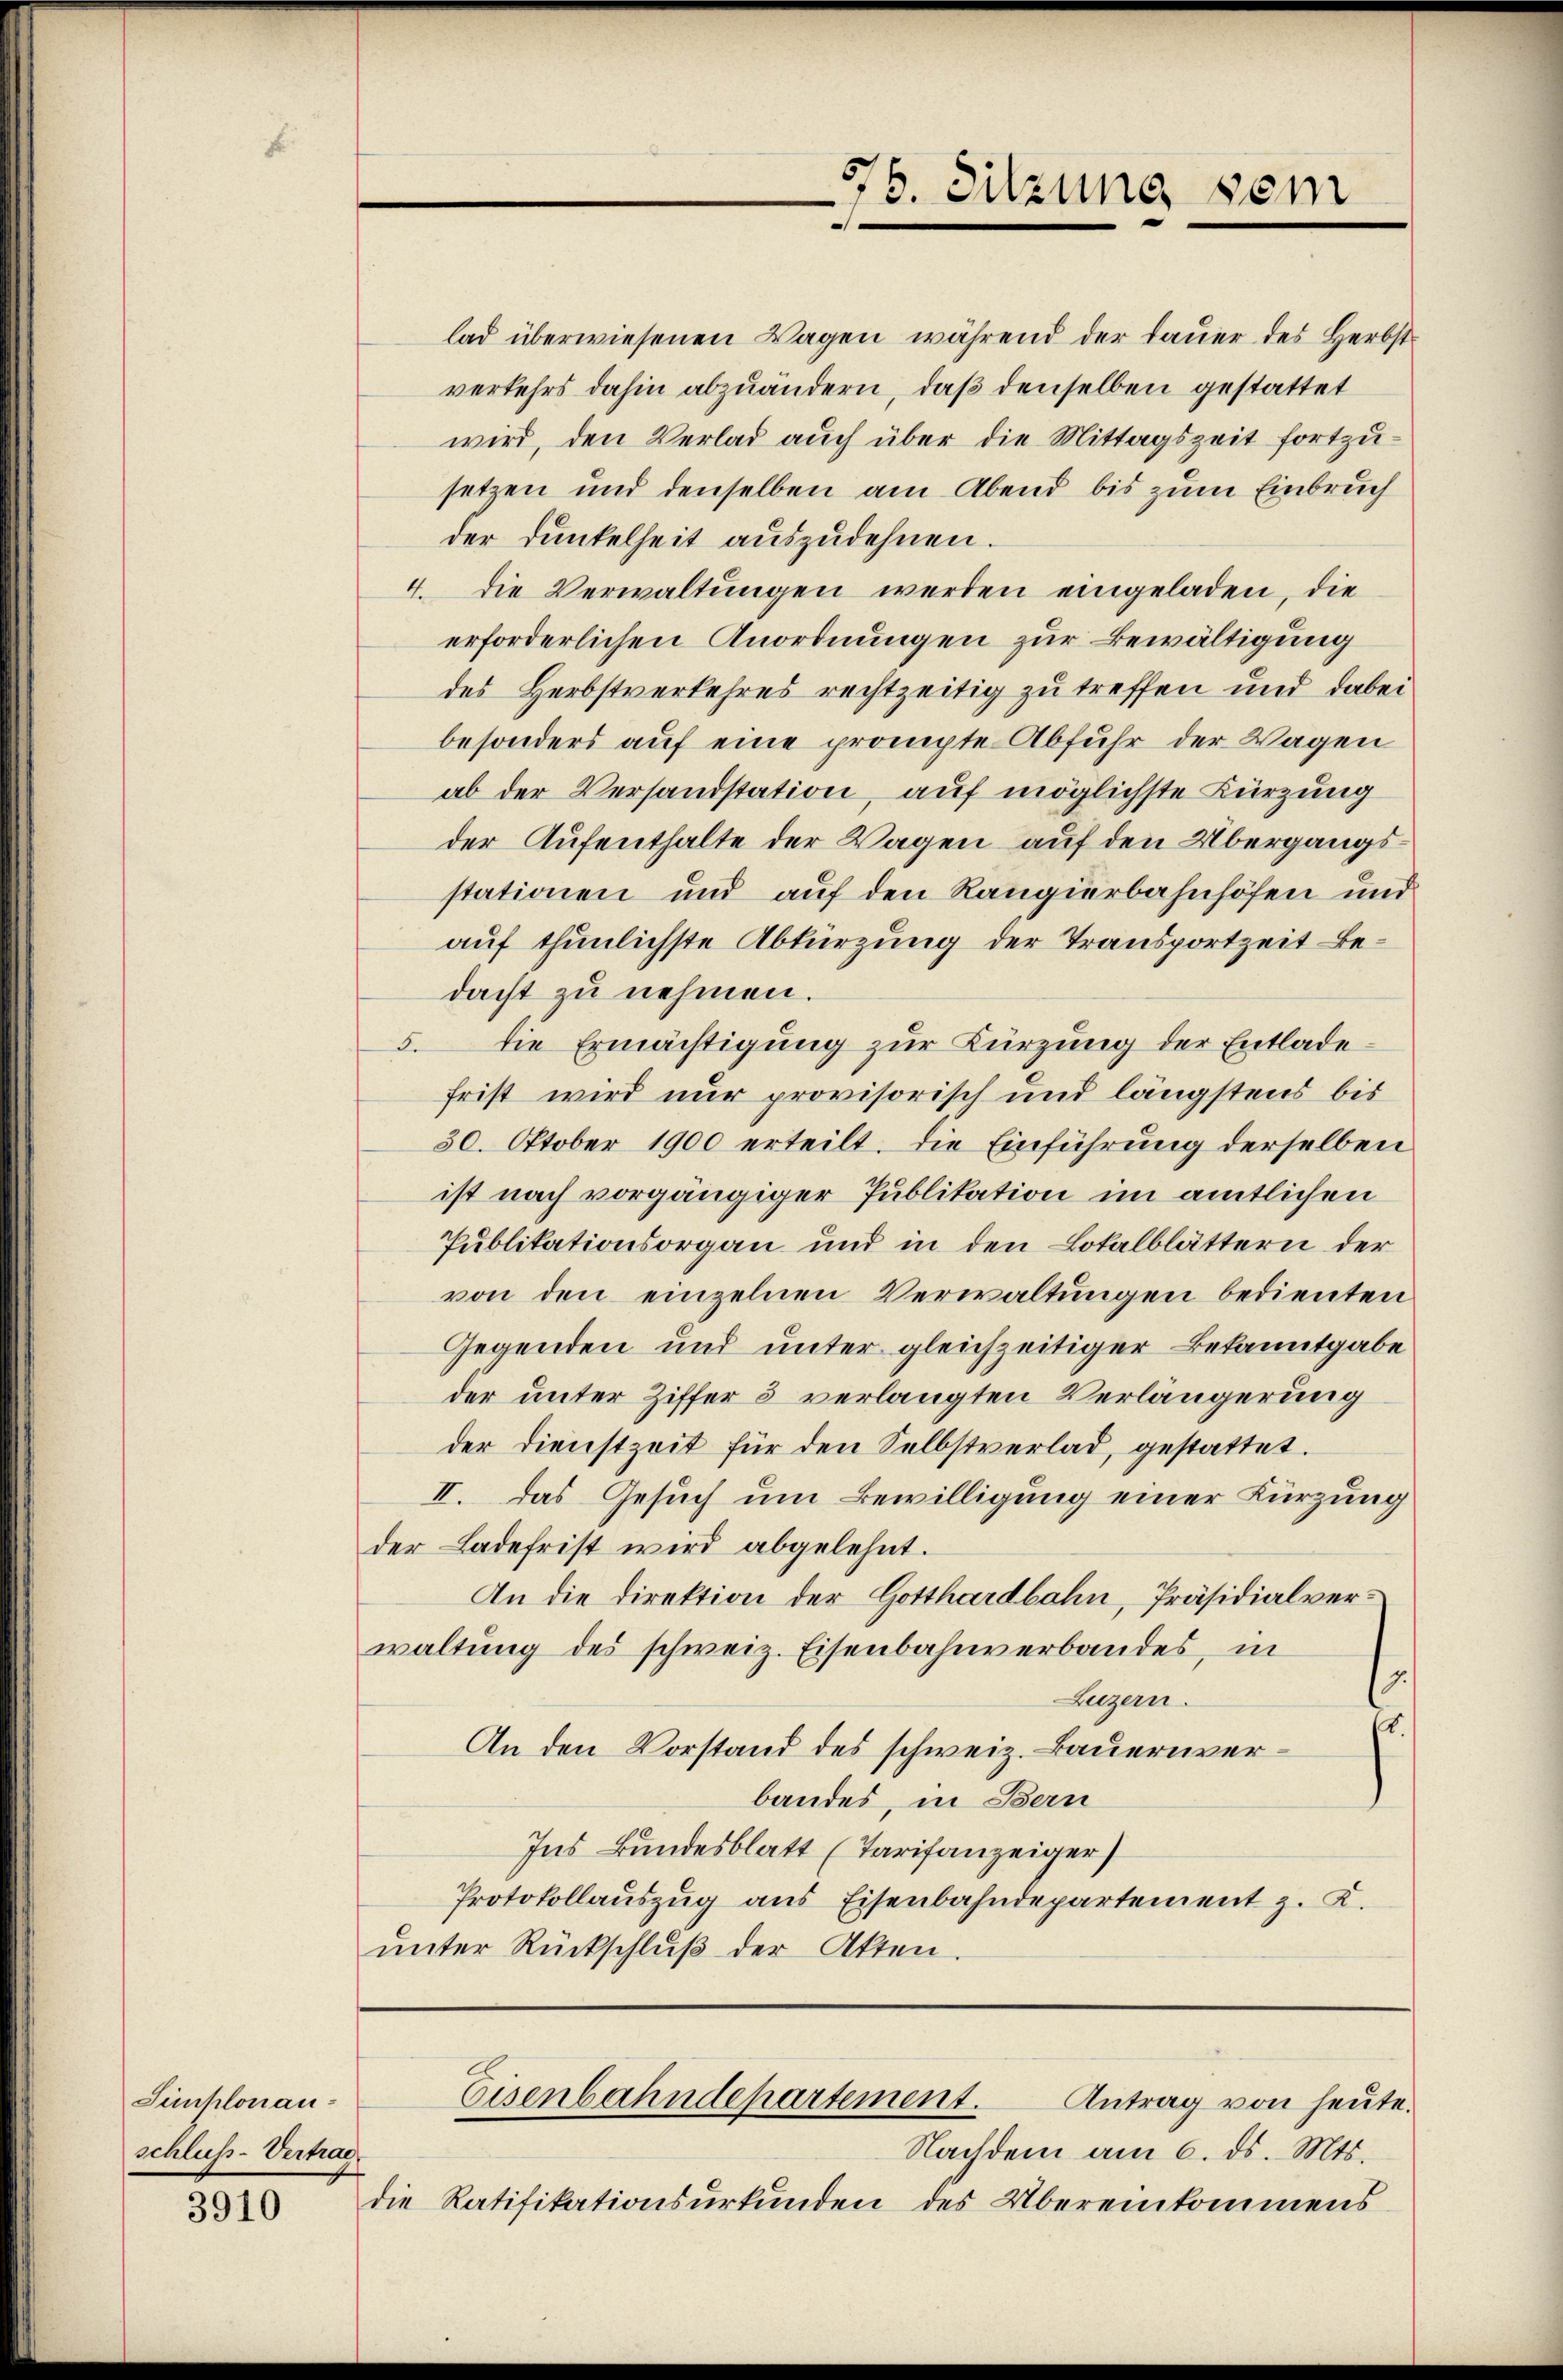
Simplonau-
schluss-Vertrag

3910

75. Sitzung sein

lad überwiesenen Wagen während der Bauer des Herbst
verkehrs dahin abzuändern, daß denselben gestattet
wird, den Verlad auch über die Mittagszeit fortzusetzen und denselben am Abend bis zum Einbruch
der Dunkelheit auszudehnen.
4. die Verwaltungen werden eingeladen, die
erforderlichen Anordnungen zur Bewältigung
des Herbstverkehres rechtzeitig zu treffen und dabei
besonders auf eine prompte Abfuhr der Wagen
ab der Versandstation, auf möglichste Kürzung
der Aufenthalte der Wagen auf den Übergangsstationen und auf den Rangierbahnhöfen und
auf thunlichste Abkürzung der Transportzeit Bedacht zu nehmen.
5. die Ermächtigung zur Kürzung der Entladefrist wird nur provisorisch und längstens bis
30. Oktober 1900 erteilt. Die Einführung derselben
ist nach vorgängiger Publikation im amtlichen
Publikationsorgan und in den Lokalblättern der
von den einzelnen Verwaltungen bedienten
Gegenden und unter gleichzeitiger Bekanntgabe
der unter Ziffer 5 verlangten Verlängerung
der Dienstzeit für den Selbstverlad, gestattet.
II. Das Gesuch um Bewilligung einer Kürzung
der Ladefrist wird abgelehnt.
An die Direktion der Gotthardbahn, Präsidialverwaltung des schweiz. Eisenbahnverbandes, in
s
Luzern.
.
An den Vorstand des schweiz. Bauernverbandes, in Bern
Ins Bundesblatt (Tarifanzeiger
Protokollauszug aus Eisenbahndepartement z. K.
ŭnter Rückschlŭβ der Akten.

Eisenbahndepartement. Antrag von heute.

Nachdem am 6. ds. Mts.
die Ratifikationsurkunden des Übereinkommens